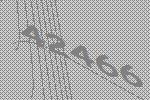
42466